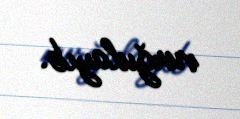
vurğulayıb.